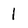
Character: 1